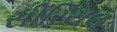
સીરિયલ